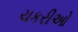
ચકરીઓ